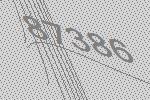
87386